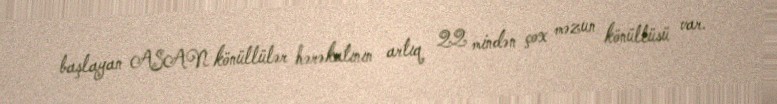
başlayan ASAN könüllülər hərəkatının artıq 22 mindən çox məzun könüllüsü var.